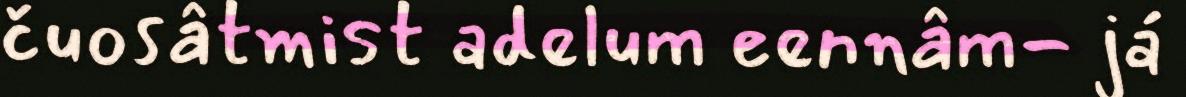
čuosâtmist adelum eennâm- já